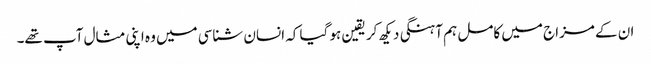
ان کے مزاج میں کامل ہم آہنگی دیکھ کر یقین ہو گیا کہ انسان شناسی میں وہ اپنی مثال آپ تھے۔